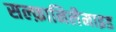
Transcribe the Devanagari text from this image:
सल्फ़ानिलैमाइड